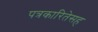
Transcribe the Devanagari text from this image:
पत्रकारितेसह